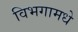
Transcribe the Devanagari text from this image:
विभगामधे